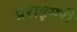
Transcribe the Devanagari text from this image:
प्रराइमरी